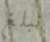
نبلغ